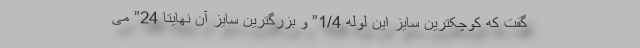
گفت که کوچکترین سایز این لوله 1/4” و بزرگترین سایز آن نهایتا 24” می